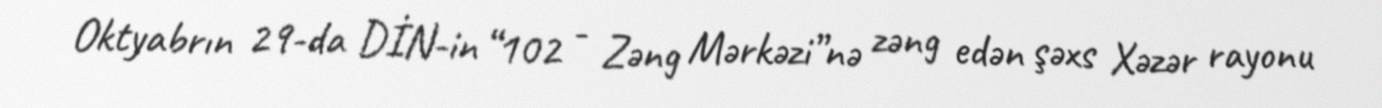
Oktyabrın 29-da DİN-in “102 - Zəng Mərkəzi”nə zəng edən şəxs Xəzər rayonu